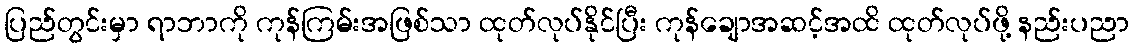
ပြည်တွင်းမှာ ရာဘာကို ကုန်ကြမ်းအဖြစ်သာ ထုတ်လုပ်နိုင်ပြီး ကုန်ချောအဆင့်အထိ ထုတ်လုပ်ဖို့ နည်းပညာ